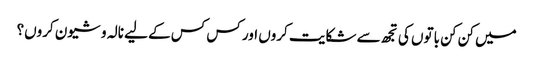
میں کن کن باتوں کی تجھ سے شکایت کروں اور کس کس کے لیے نالہ و شیون کروں؟